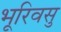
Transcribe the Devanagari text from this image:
भूरिवसु